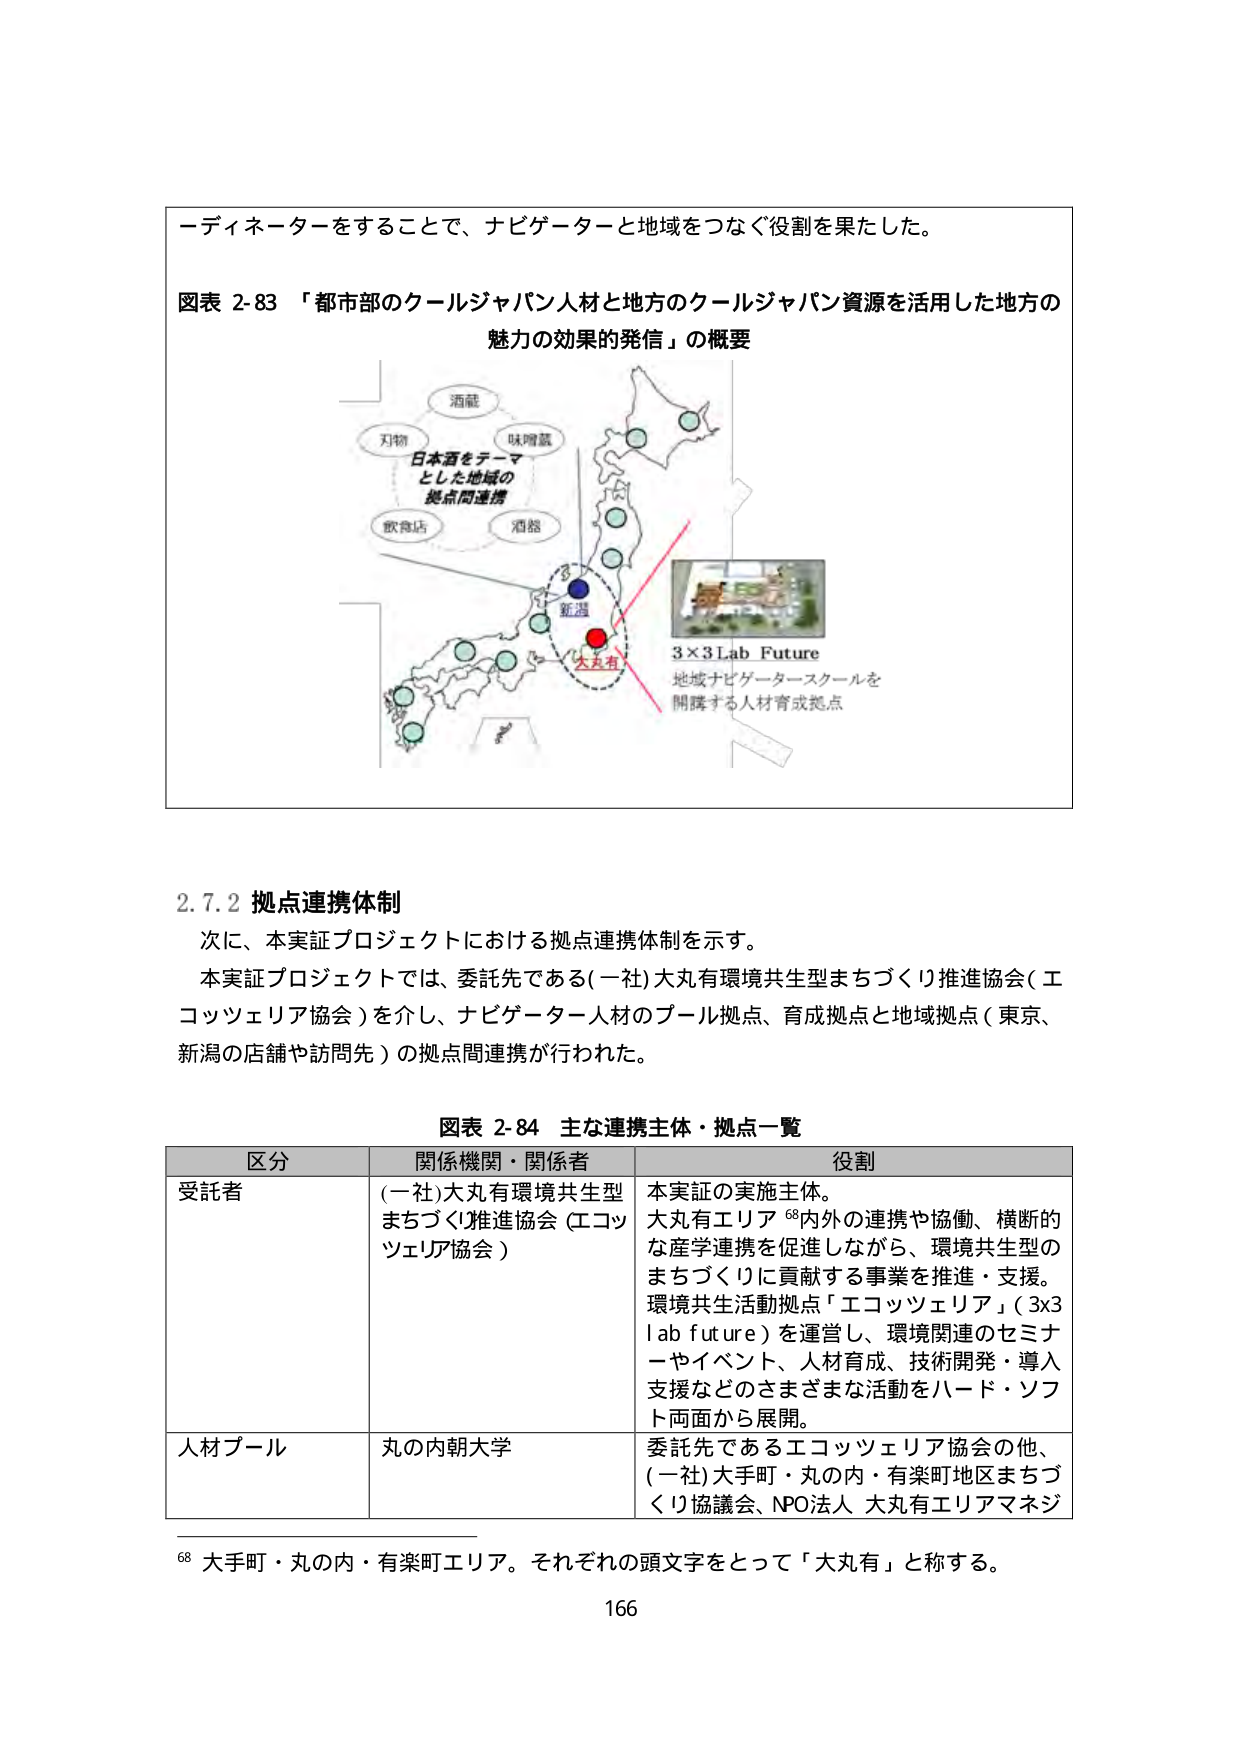
ーディネーターをすることで、ナビゲーターと地域をつなぐ役割を果たした。

図表 2-83 「都市部のクールジャパン人材と地方のクールジャパン資源を活用した地方の
魅力の効果的発信」の概要

酒蔵
対物
味噌蔵
日本酒をテーマ
とした地域の
拠点間連携
飲食店
酒館
新潟
大丸有
3×3Lab Future
地域ナビゲータースクールを
開講する人材育成拠点

2.7.2 拠点連携体制
次に、本実証プロジェクトにおける拠点連携体制を示す。
本実証プロジェクトでは、委託先である(一社)大丸有環境共生型まちづくり推進協会(エコッツエリア協会)を介し、ナビゲーター人材のプール拠点、育成拠点と地域拠点（東京、新潟の店舗や訪問先）の拠点間連携が行われた。

図表 2-84 主な連携主体・拠点一覧

区分 関係機関・関係者 役割
受託者 (一社)大丸有環境共生型まちづくり推進協会 (エコッツエリア協会) 本実証の実施主体。大丸有エリア⁶⁸内外の連携や協働、横断的な産学連携を促進しながら、環境共生型のまちづくりに貢献する事業を推進・支援。環境共生活動拠点「エコッツエリア」(3x3 lab future)を運営し、環境関連のセミナーやイベント、人材育成、技術開発・導入支援などのさまざまな活動をハード・ソフト両面から展開。
人材プール 丸の内朝大学 委託先であるエコッツエリア協会の他、(一社)大手町・丸の内・有楽町地区まちづくり協議会、NPO法人 大丸有エリアマネジ

⁶⁸ 大手町・丸の内・有楽町エリア。それぞれの頭文字をとって「大丸有」と称する。
166